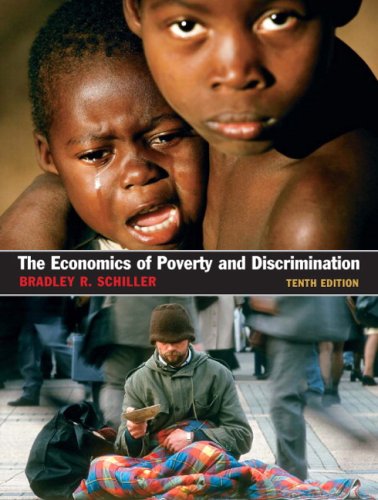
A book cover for The Economics of Poverty and Discrimination; Bradley R Schiller; Politics & Social Sciences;